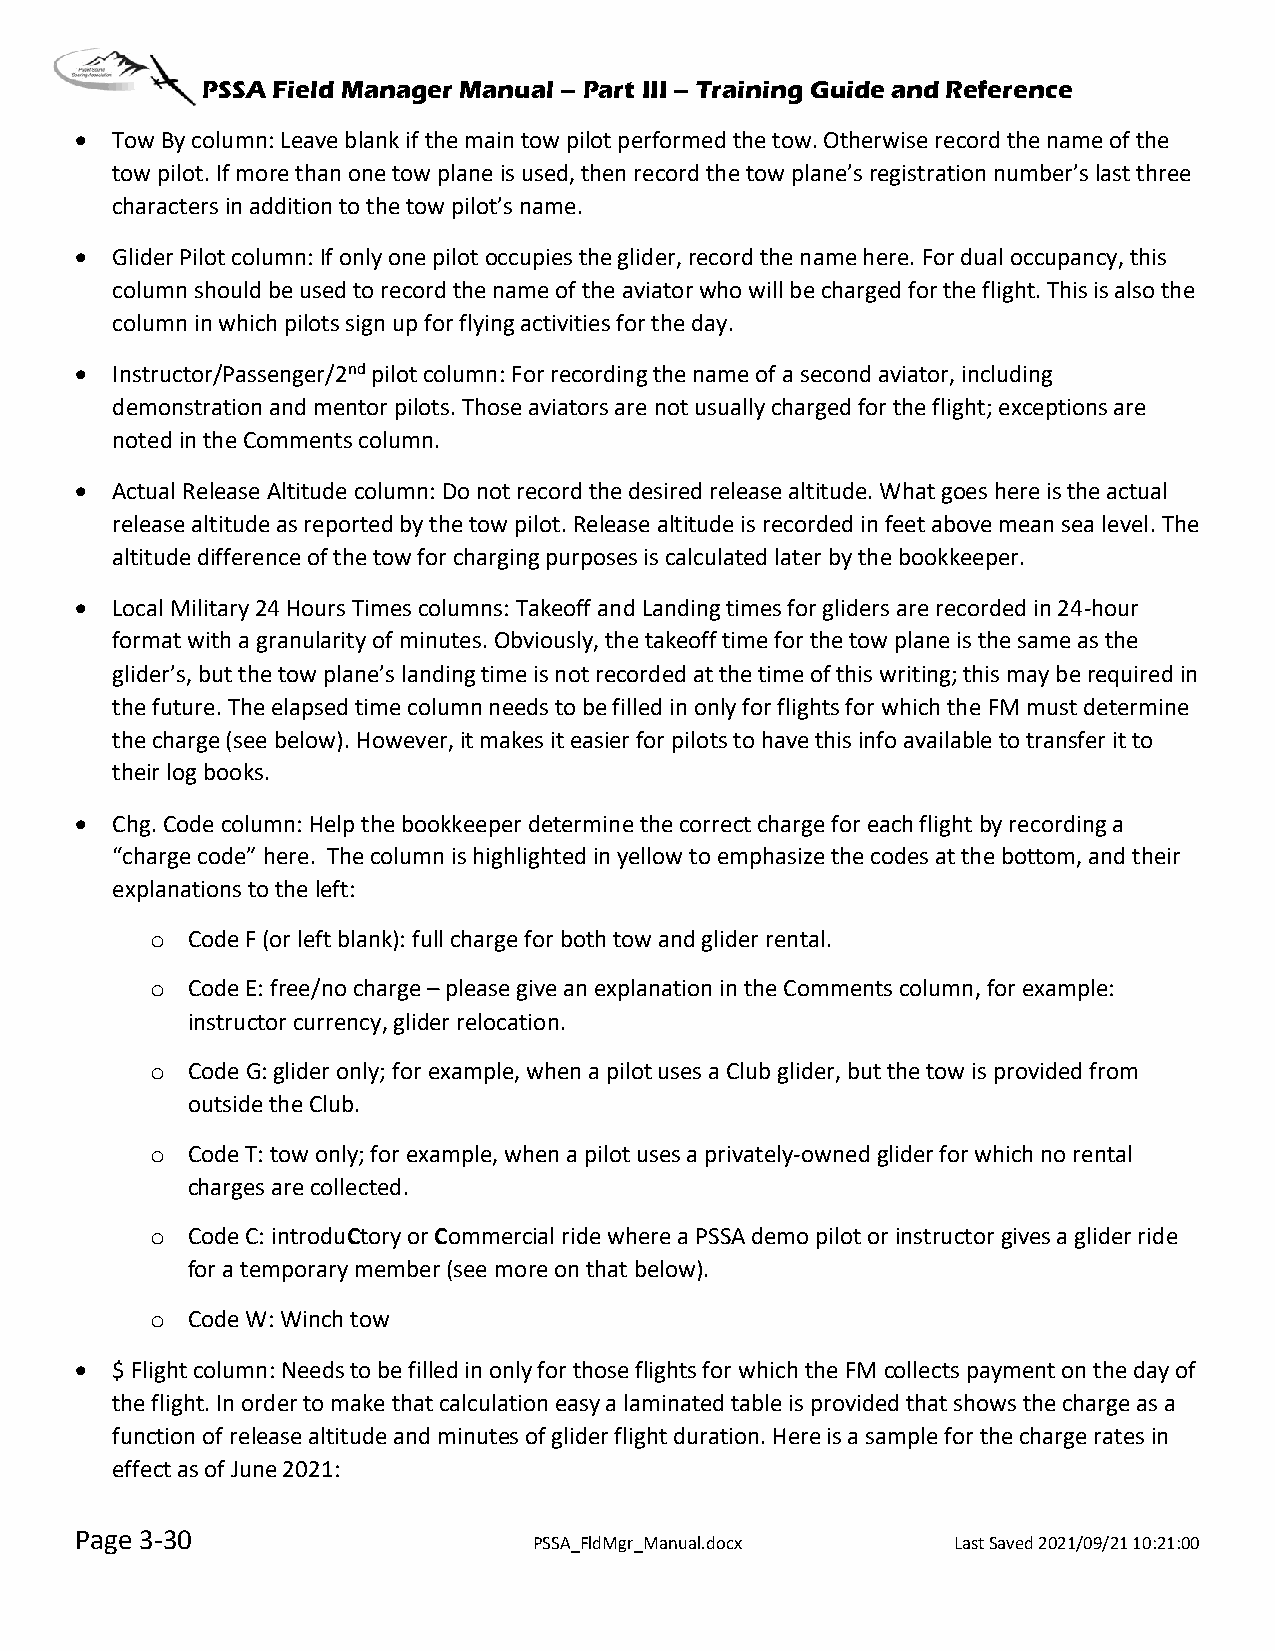
PSSA Field Manager Manual – Part III – Training Guide and Reference
 • Tow By column: Leave blank if the main tow pilot performed the tow. Otherwise record the name of the
 tow pilot. If more than one tow plane is used, then record the tow plane’s registration number’s last three
 characters in addition to the tow pilot’s name.
 • Glider Pilot column: If only one pilot occupies the glider, record the name here. For dual occupancy, this
 column should be used to record the name of the aviator who will be charged for the flight. This is also the
 column in which pilots sign up for flying activities for the day.
 • Instructor/Passenger/2nd pilot column: For recording the name of a second aviator, including
 demonstration and mentor pilots. Those aviators are not usually charged for the flight; exceptions are
 noted in the Comments column.
 • Actual Release Altitude column: Do not record the desired release altitude. What goes here is the actual
 release altitude as reported by the tow pilot. Release altitude is recorded in feet above mean sea level. The
 altitude difference of the tow for charging purposes is calculated later by the bookkeeper.
 • Local Military 24 Hours Times columns: Takeoff and Landing times for gliders are recorded in 24-hour
 format with a granularity of minutes. Obviously, the takeoff time for the tow plane is the same as the
 glider’s, but the tow plane’s landing time is not recorded at the time of this writing; this may be required in
 the future. The elapsed time column needs to be filled in only for flights for which the FM must determine
 the charge (see below). However, it makes it easier for pilots to have this info available to transfer it to
 their log books.
 • Chg. Code column: Help the bookkeeper determine the correct charge for each flight by recording a
 “charge code” here. The column is highlighted in yellow to emphasize the codes at the bottom, and their
 explanations to the left:
 o Code F (or left blank): full charge for both tow and glider rental.
 o Code E: free/no charge – please give an explanation in the Comments column, for example:
 instructor currency, glider relocation.
 o Code G: glider only; for example, when a pilot uses a Club glider, but the tow is provided from
 outside the Club.
 o Code T: tow only; for example, when a pilot uses a privately-owned glider for which no rental
 charges are collected.
 o Code C: introduCtory or Commercial ride where a PSSA demo pilot or instructor gives a glider ride
 for a temporary member (see more on that below).
 o Code W: Winch tow
 • $ Flight column: Needs to be filled in only for those flights for which the FM collects payment on the day of
 the flight. In order to make that calculation easy a laminated table is provided that shows the charge as a
 function of release altitude and minutes of glider flight duration. Here is a sample for the charge rates in
 effect as of June 2021:
 Page 3-30
 PSSA_FldMgr_Manual.docx     Last Saved 2021/09/21 10:21:00